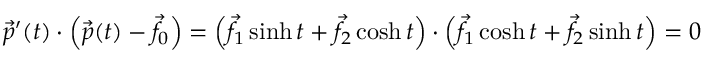
{ \vec { p } } ^ { \prime } ( t ) \cdot \left( { \vec { p } } ( t ) - { \vec { f } } _ { 0 } \right) = \left( { \vec { f } } _ { 1 } \sinh t + { \vec { f } } _ { 2 } \cosh t \right) \cdot \left( { \vec { f } } _ { 1 } \cosh t + { \vec { f } } _ { 2 } \sinh t \right) = 0